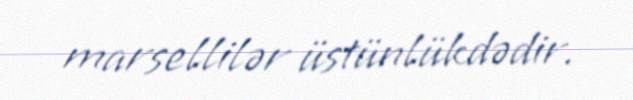
marsellilər üstünlükdədir.